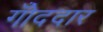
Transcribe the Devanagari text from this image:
गोँददार